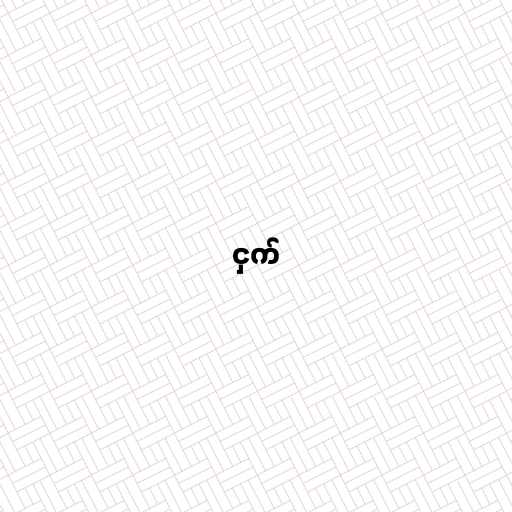
ငှက်